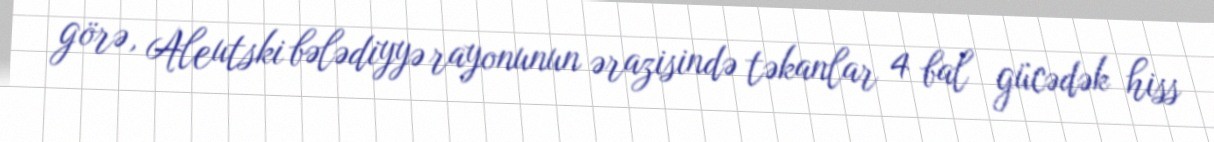
görə, Aleutski bələdiyyə rayonunun ərazisində təkanlar 4 bal gücədək hiss